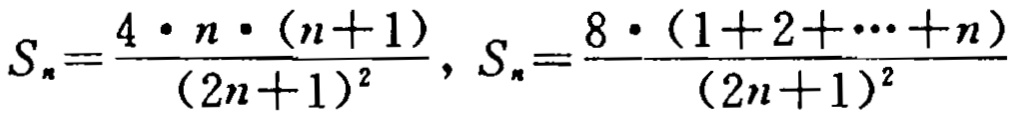
\[S_{n}=\frac{4\cdot n\cdot (n + 1)}{(2n + 1)^{2}},S_{n}=\frac{8\cdot (1 + 2+\cdots + n)}{(2n + 1)^{2}}\]